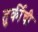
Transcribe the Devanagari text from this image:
तुर्कीची